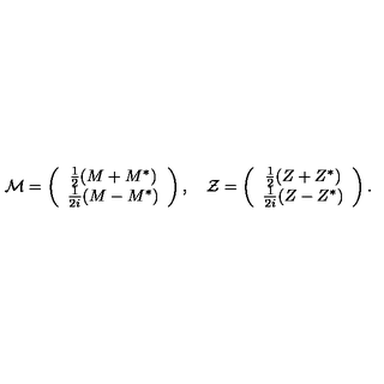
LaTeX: { \mathcal M } = \left( \begin{array} { c } { \frac 1 2 ( M + M ^ { * } ) } \\ { \frac 1 { 2 i } ( M - M ^ { * } ) } \\ \end{array} \right) , \quad { \mathcal Z } = \left( \begin{array} { c } { \frac 1 2 ( Z + Z ^ { * } ) } \\ { \frac 1 { 2 i } ( Z - Z ^ { * } ) } \\ \end{array} \right) .